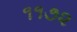
૧૧૭૨